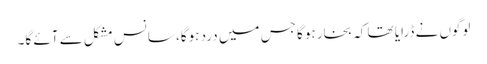
لوگوں نے ڈرایا تھا کہ بخار ہوگا جس میں درد ہوگا، سانس مشکل سے آئے گا۔